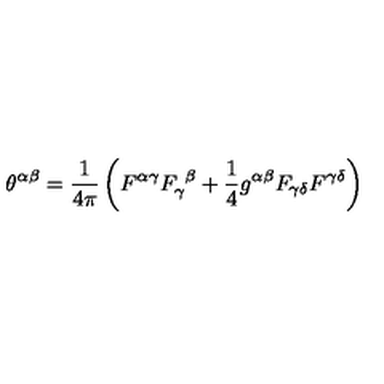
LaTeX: \theta ^ { \alpha \beta } = { \frac { 1 } { 4 \pi } } \left( F ^ { \alpha \gamma } F _ { \gamma } ^ { \ \beta } + { \frac { 1 } { 4 } } g ^ { \alpha \beta } F _ { \gamma \delta } F ^ { \gamma \delta } \right)